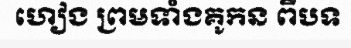
ហៀង ព្រមទាំងគូកន ពីបទ